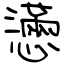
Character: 懣